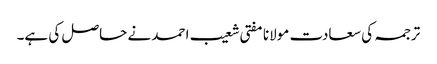
ترجمہ کی سعادت مولانا مفتی شعیب احمد نے حاصل کی ہے۔